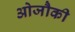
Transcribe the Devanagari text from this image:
ओजौकी